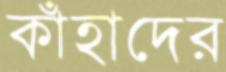
কাঁহাদের